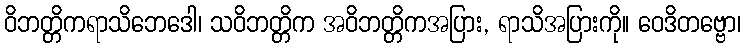
ဝိဘတ္တိကရာသိဘေဒေါ၊ သဝိဘတ္တိက အဝိဘတ္တိကအပြား, ရာသိအပြားကို။ ဝေဒိတဗ္ဗော၊